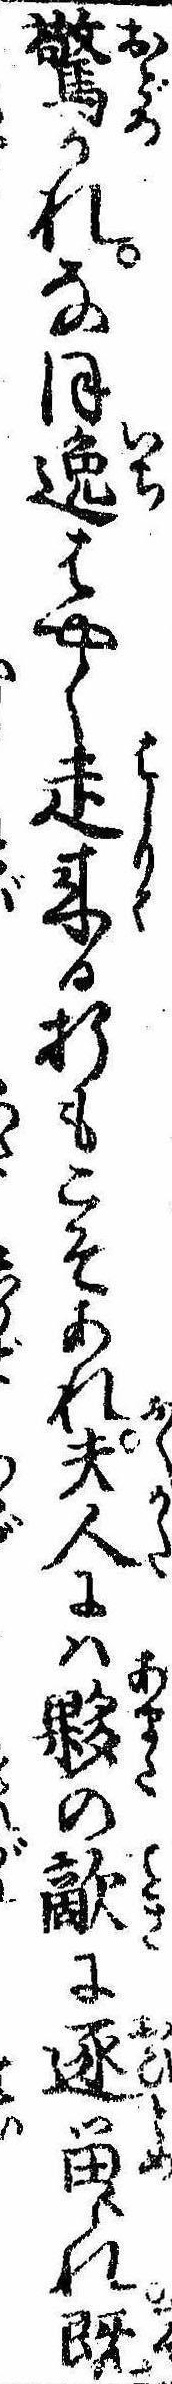
驚かれなほ逸はやく走来る折もこそあれ夫人には夥の敵に逐留られ既